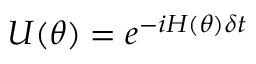
U ( \theta ) = e ^ { - i H ( \theta ) \delta t }